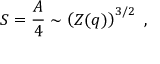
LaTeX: S = { \frac { A } { 4 } } \sim \left( Z ( q ) \right) ^ { 3 / 2 } \ ,